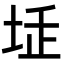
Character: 𡋨